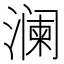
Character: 澜